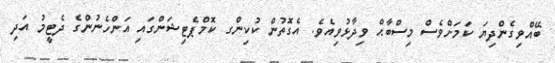
ބޭއްވިގެންދިޔަ ކަމަށްވެސް މިސްބާޙް ވިދާޅުވިއެވެ. އެގޮތުން ކުކިންގ ކޮމްޕެޓިޝަންގައި އަންހެނުންގެ ދެޓީމު އަދި